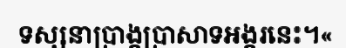
ទស្សនាប្រាង្គប្រាសាទអង្គរនេះ។«